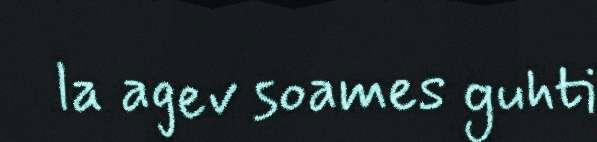
la agev soames guhti